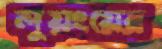
লুয়ংয়ের